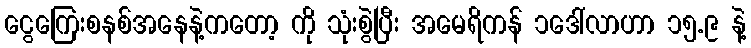
ငွေကြေးစနစ်အနေနဲ့ကတော့ ကို သုံးစွဲပြီး အမေရိကန် ၁ဒေါ်လာဟာ ၁၅.၉ နဲ့